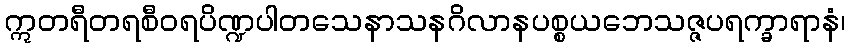
ဣတရီတရစီဝရပိဏ္ဍပါတသေနာသနဂိလာနပစ္စယဘေသဇ္ဇပရက္ခာရာနံ၊